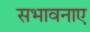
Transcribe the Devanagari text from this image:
सभावनाए